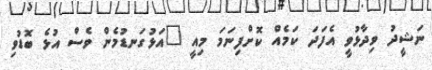
ނަޝީދު ވިދާޅުވީ އެފަދަ ކަމެއް ކޮށްފިނަމަ މިއީ "އަޅުގަނޑުމެން ވެސް އުޅެ ބޮޑުވި